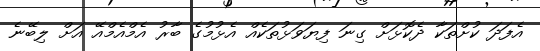
އެފަދަ ކުށްތަކާ ދެކޮޅަށް ގިނަ ފިޔަވަޅުތަކެއް އެޅުމުގެ ބާރު އެމްއެމްއޭ އަށް ލިބޭނެ